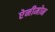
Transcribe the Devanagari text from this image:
ऐनीमोन